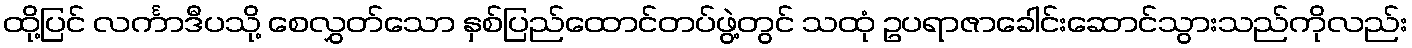
ထို့ပြင် လင်္ကာဒီပသို့ စေလွှတ်သော နှစ်ပြည်ထောင်တပ်ဖွဲ့တွင် သထုံ ဥပရာဇာခေါင်းဆောင်သွားသည်ကိုလည်း